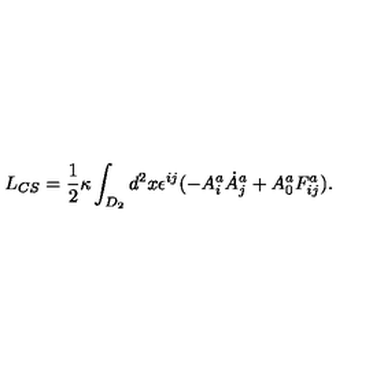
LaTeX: L _ { C S } = \frac { 1 } { 2 } \kappa \int _ { D _ { 2 } } d ^ { 2 } x \epsilon ^ { i j } ( - A _ { i } ^ { a } \dot { A } _ { j } ^ { a } + A _ { 0 } ^ { a } F _ { i j } ^ { a } ) .